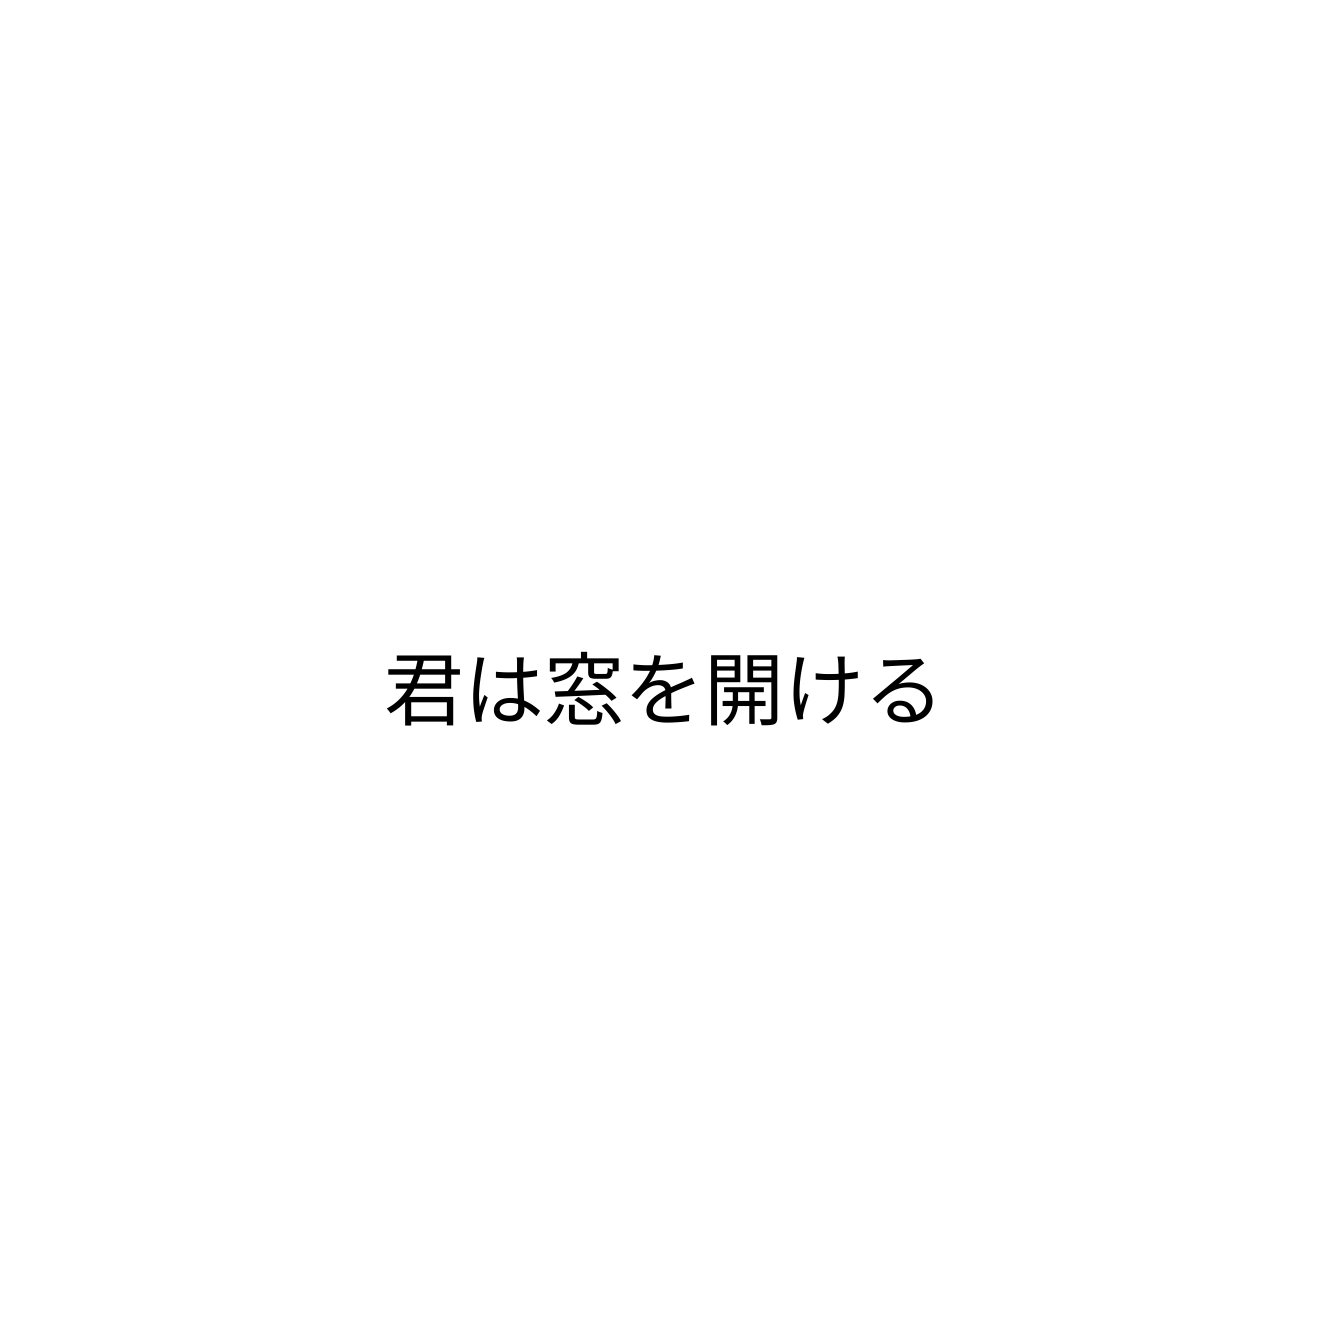
君は窓を開ける